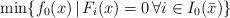
LaTeX: \begin{align*}\min\{f_0(x)\,|\,F_i(x)=0\,\forall i\in I_0(\bar x)\}\end{align*}